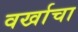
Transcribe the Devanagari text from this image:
वर्खाचा